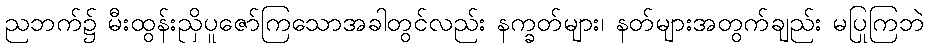
ညဘက်၌ မီးထွန်းညှိပူဇော်ကြသောအခါတွင်လည်း နက္ခတ်များ၊ နတ်များအတွက်ချည်း မပြုကြဘဲ